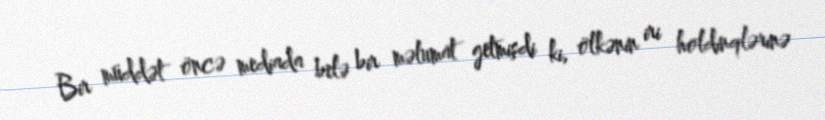
Bir müddət öncə mediada belə bir məlumat getmişdi ki, ölkənin iri holdinqlərinə